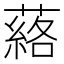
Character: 𮑗